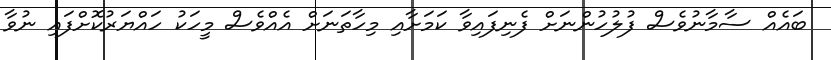
ބައެއް ސާމާނުވެސް ފުލުހުންނަށް ފެނިފައިވާ ކަމަށާއި މިހާތަނަށް އެއްވެސް މީހަކު ހައްޔަރުކޮށްފައި ނުވާ